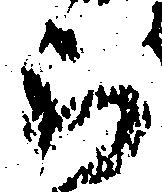
被